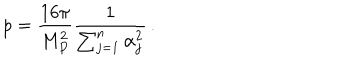
p = \frac { 1 6 \pi } { M _ { P } ^ { 2 } } \frac { 1 } { \sum _ { j = 1 } ^ { n } \alpha _ { j } ^ { 2 } } \, .